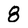
Character: 8